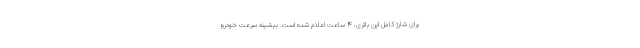
برای شارژ کامل این باتری، 4 ساعت اعلام شده است. بیشینه سرعت خودرو